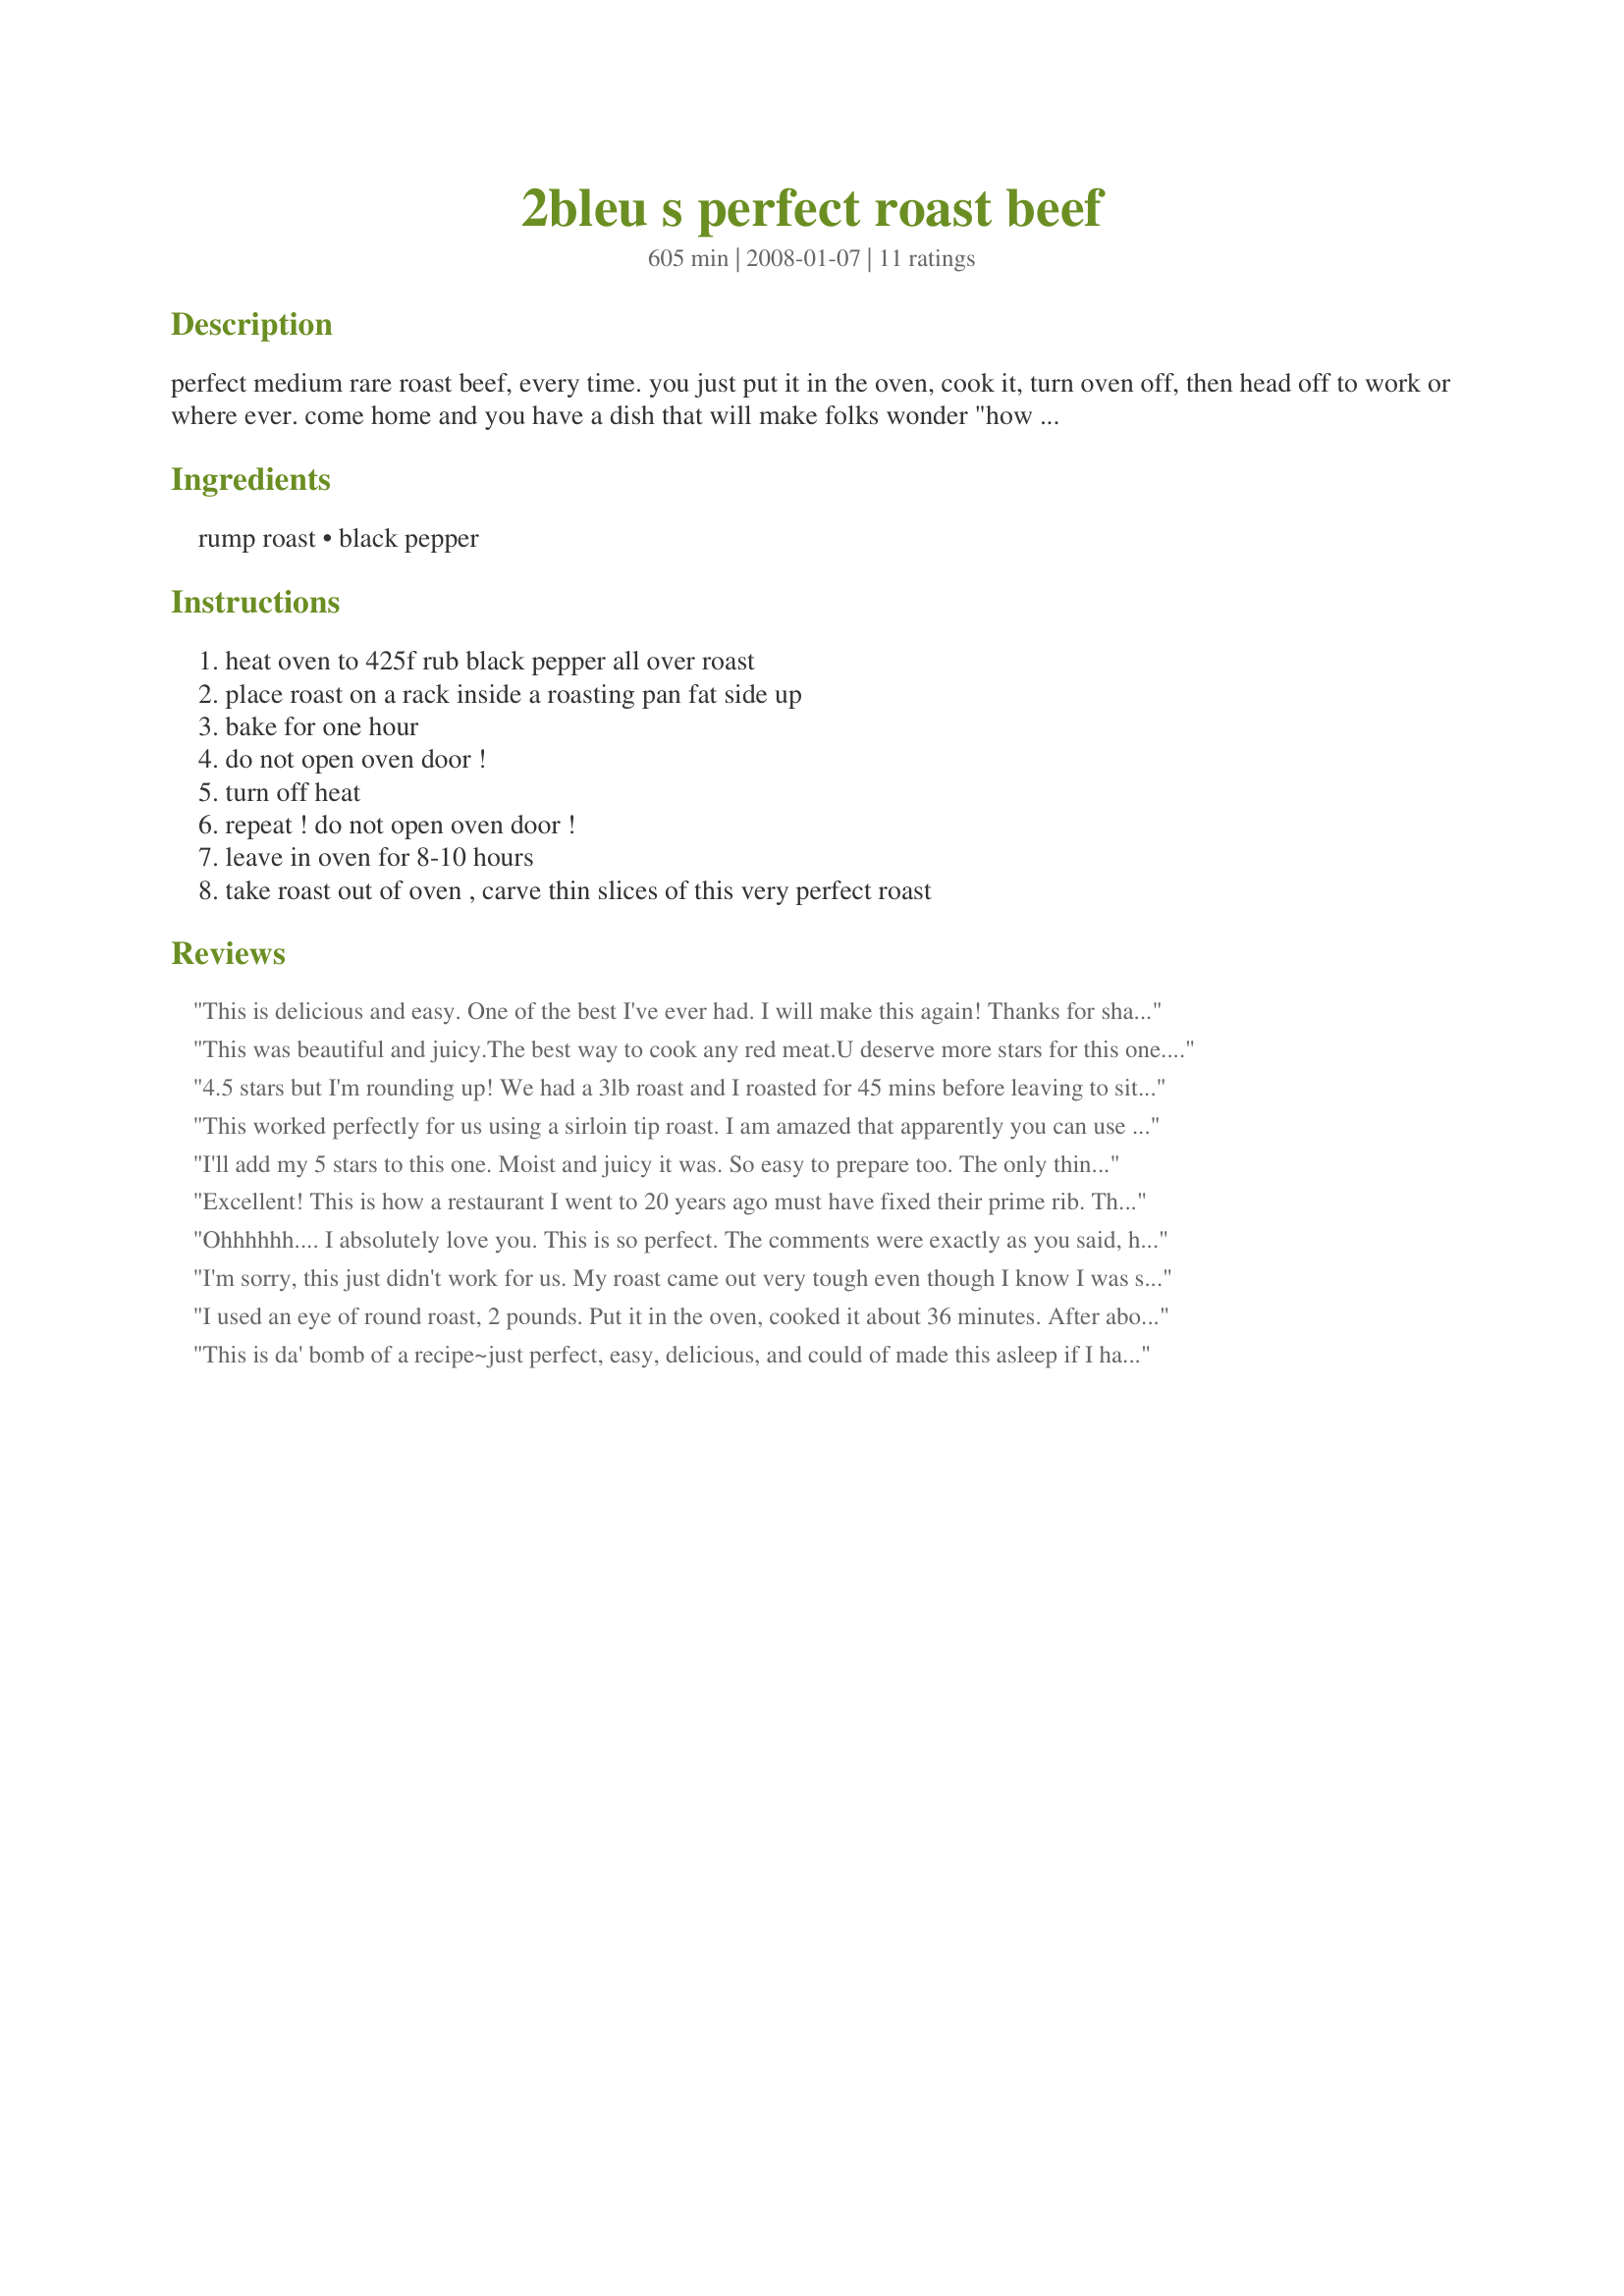
2bleu s perfect roast beef
Preparation time: 605 minutes

perfect medium rare roast beef, every time. you just put it in the oven, cook it, turn oven off, then head off to work or where ever. come home and you have a dish that will make folks wonder "how did you make this and be at work all day?" ;) suggested served with recipe #266053

Ingredients:
rump roast, black pepper

Steps:
heat oven to 425f rub black pepper all over roast, place roast on a rack inside a roasting pan fat side up, bake for one hour, do not open oven door !, turn off heat, repeat ! do not open oven door !, leave in oven for 8-10 hours, take roast out of oven , carve thin slices of this very perfect roast

Reviews:
This is delicious and easy. One of the best I've ever had. I will make this again! Thanks for sharing.
This was beautiful and juicy.The best way to cook any red meat.U deserve more stars for this one.Thanks so much for sharing this with others.
4.5 stars but I'm rounding up! We had a 3lb roast and I roasted for 45 mins before leaving to sit in the oven for approx. 6 hours. The result was slightly burned on top (probably the fault of my oven) and was distinctly medium-well (again, possibly my oven) however the meat was very tender and flavoursome and this was a very easy way to cook a roast. The bottom of the pan was left with a fantastic jus (although it was also swimming in fat, so I had to skim that off first) which I turned into a very tasty gravey. My other half and I both agreed this was very good roast beef and I've no doubt we will have it again, only with a few minor amendments to the oven temperature and timings.
This worked perfectly for us using a sirloin tip roast. I am amazed that apparently you can use almost any cut of roast and have excellent results! Mine came out medium rare, which certainly satisfied all at the table...those who like it better done grabbed the outside pieces, leaving the middle for the rest of us.
I'll add my 5 stars to this one. Moist and juicy it was. So easy to prepare too. The only thing I did different was to make slits in the roast and insert slices of garlic. Yummy. My roast was only about 3 lbs and it was much more done that the photos show, but that was done because this is one slice of meat we like more done than the others. Don't even know why. Served this with recipe #266053 as suggested and also some mushroom/onion gravy. Very good recipe. Thanks
Excellent! This is how a restaurant I went to 20 years ago must have fixed their prime rib. They used more seasonings but I so very happy to have come across your recipe 2Bleu! I had a 5 pound prime rib roast after baking it I left it in the oven for 8 hours. The oven had cooled completely down at the end of that time. So I need to reheat a slice in the microwave. I warmed up a 1/2 inch slice for DH in a covered microwave bowl for 45 seconds, checked it then another 30 seconds and it came out nicely. But be very careful so you don't over cook the meat. I made this for *Adopt A Tag II Fall 2008* game
Ohhhhhh.... I absolutely love you. This is so perfect. The comments were exactly as you said, how could you make it so perfect being gone all day.... I think I will share the secret, since everyone deserves to be able to serve a perfect roast beef. Thank you so much. Benthe
I'm sorry, this just didn't work for us. My roast came out very tough even though I know I was slicing it against the grain. I won't rate it with any stars because it could have just been the roast I had. I will say, it was easy to do and it came out a lovely medium rare. I really enjoyed your horseradish sauce tho and will definately use it again. Thank you .
I used an eye of round roast, 2 pounds. Put it in the oven, cooked it about 36 minutes. After about 4 hours I turned on the oven to bake some cookies, opened the door and remembered the roast was in therre. So I took it out, covered with foil, and set on top of the stove(which was hot because the oven was on), and let sit another 4 hours. After all that, it still turned out great! Done, but with a little pink, just the way my DH likes it! Thanks Lynnda!
This is da' bomb of a recipe~just perfect, easy, delicious, and could of made this asleep if I had to. Incredible! I followed this exactly, did not change one thing. This produces such a absolute juicy, butter tender roast, and with no excess oven on all day, and I was left with a beautiful roast that had a delightful au jus that I served right beside it. From this point on, I will be making any and all roasts this way. Ummmm um good! Thanks so much 2bleu!
This was delicious! Very easy! Thanks so much for sharing!
